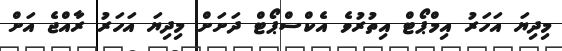
މިދިޔަ އަހަރު އިމްޕޯޓް އިތުރުވެ އެކްސްޕޯޓް ދަށަށް މިދިޔަ އަހަރު ރާއްޖެ އަށް